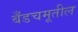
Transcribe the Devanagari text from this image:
बँडचमूतील